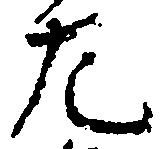
左